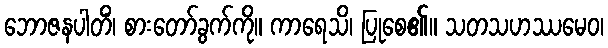
ဘောဇနပါတိံ၊ စားတော်ခွက်ကို။ ကာရေသိ၊ ပြုစေ၏။ သတသဟဿမေဝ၊